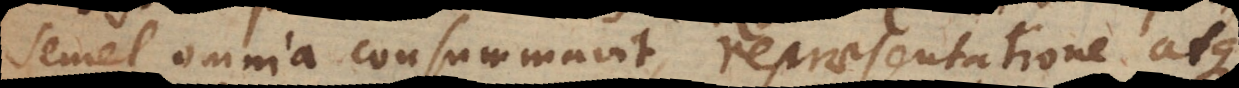
semel omnia consummavit repraesentatione atque